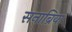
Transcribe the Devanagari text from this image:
सनाब्रिया